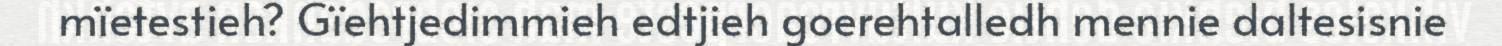
mïetestieh? Gïehtjedimmieh edtjieh goerehtalledh mennie daltesisnie